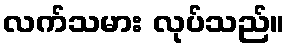
လက်သမား လုပ်သည်။